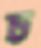
চ